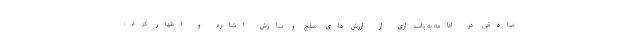
صادقی در ادامه به پاسداری از ارزش‌های صلح و سازش اشاره و اظهار کرد: